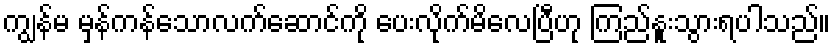
ကျွန်မ မှန်ကန်သောလက်ဆောင်ကို ပေးလိုက်မိလေပြီဟု ကြည်နူးသွားရပါသည်။